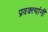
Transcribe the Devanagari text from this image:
प्रवक्त्यांनी